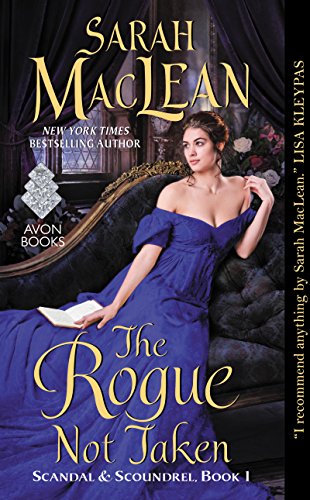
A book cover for The Rogue Not Taken: Scandal & Scoundrel, Book I; Sarah MacLean; Romance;